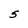
Character: S